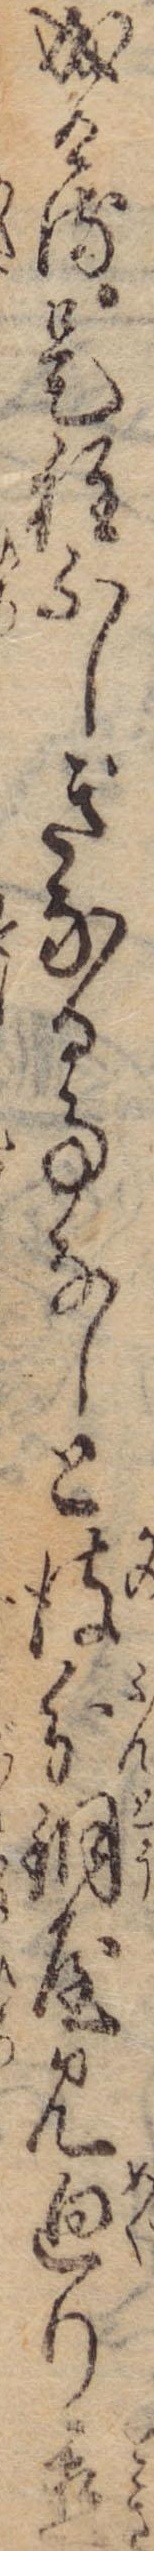
成ける是程ふしぎなる事なしと彼分銅屋見廻り置